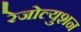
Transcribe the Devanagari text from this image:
रेजोल्युशन